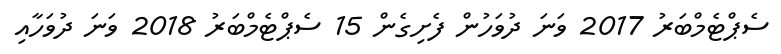
ސެޕްޓެމްބަރު 2017 ވަނަ ދުވަހުން ފެށިގެން 15 ސެޕްޓެމްބަރު 2018 ވަނަ ދުވަހާއި